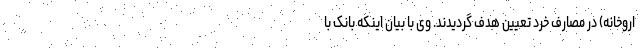
اروخانه) در مصارف خرد تعیین هدف گردیدند. وی با بیان اینکه بانک با